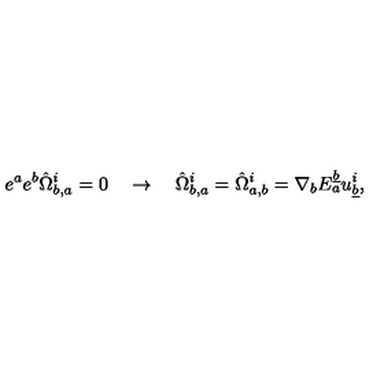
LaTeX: e ^ { a } e ^ { b } \hat { \Omega } _ { b , a } ^ { i } = 0 \quad \rightarrow \quad \hat { \Omega } _ { b , a } ^ { i } = \hat { \Omega } _ { a , b } ^ { i } = { \nabla } _ { b } E _ { a } ^ { \underline { b } } u _ { \underline { b } } ^ { i } ,